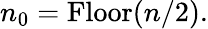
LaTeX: n_{0}=\mathrm{Floor}(n/2).